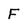
Character: F